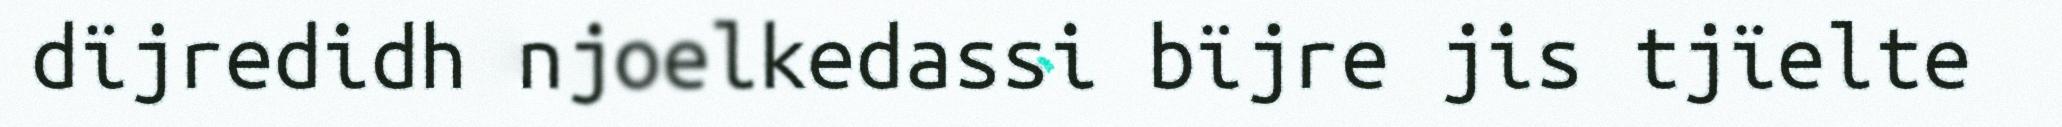
dïjredidh njoelkedassi bïjre jis tjïelte